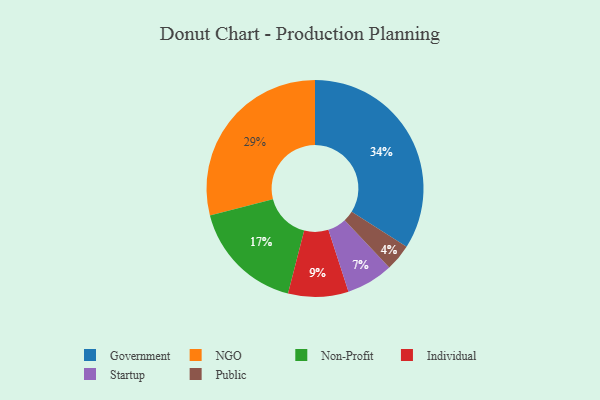
{"axis": {"x": "Category", "y": "Percentage"}, "legend": ["Government", "Individual", "NGO", "Non-Profit", "Public", "Startup"], "data": [{"x": "Non-Profit", "y": 17, "type": "Non-Profit"}, {"x": "NGO", "y": 29, "type": "NGO"}, {"x": "Public", "y": 4, "type": "Public"}, {"x": "Government", "y": 34, "type": "Government"}, {"x": "Individual", "y": 9, "type": "Individual"}, {"x": "Startup", "y": 7, "type": "Startup"}]}